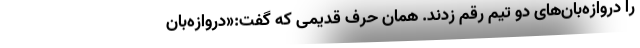
را دروازه‌بان‌های دو تیم رقم زدند. همان حرف قدیمی که گفت:«دروازه‌بان